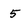
Character: 5